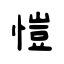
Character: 愷